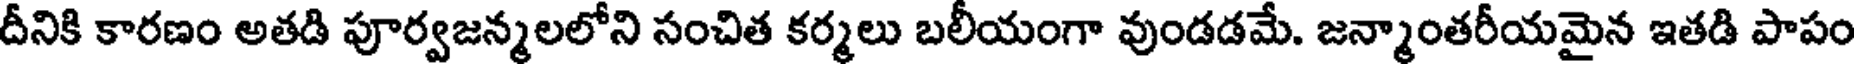
దీనికి కారణం అతడి పూర్వజన్మలలోని సంచిత కర్మలు బలీయంగా వుండడమే. జన్మాంతరీయమైన ఇతడి పాపం